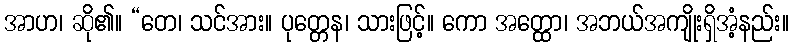
အာဟ၊ ဆို၏။ “တေ၊ သင်အား။ ပုတ္တေန၊ သားဖြင့်။ ကော အတ္ထော၊ အဘယ်အကျိုးရှိအံ့နည်း။